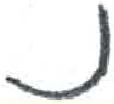
אות: נ